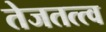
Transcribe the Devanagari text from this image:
तेजतत्त्व